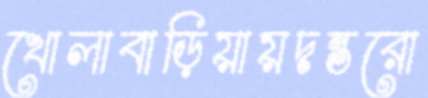
খোলাবাড়িয়ায়দন্তরো